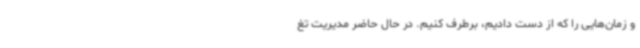
و زمان‌هایی را که از دست دادیم، برطرف کنیم. در حال حاضر مدیریت تغ